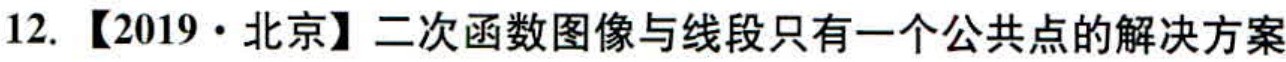
12. 【2019·北京】二次函数图像与线段只有一个公共点的解决方案